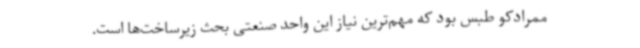
ممرادکو طبس بود که مهم‌ترین نیاز این واحد صنعتی بحث زیرساخت‌ها است.